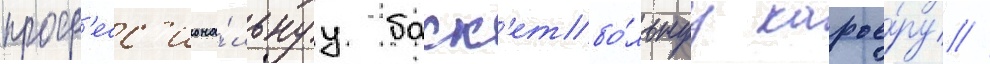
проф'есс'иона́льнуу баск'етбо́льнуу карье́ру //